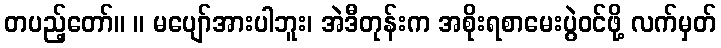
တပည့်တော်။ ။ မပျော်အားပါဘူး၊ အဲဒီတုန်းက အစိုးရစာမေးပွဲဝင်ဖို့ လက်မှတ်